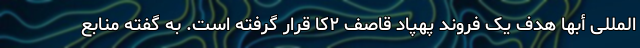
‌المللی أبها هدف یک فروند پهپاد قاصف ۲کا قرار گرفته است. به گفته منابع